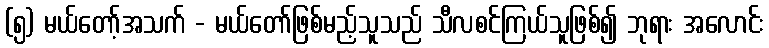
(၅) မယ်တော့်အသက် - မယ်တော်ဖြစ်မည့်သူသည် သီလစင်ကြယ်သူဖြစ်၍ ဘုရား အလောင်း